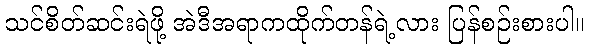
သင်စိတ်ဆင်းရဲဖို့ အဲဒီအရာကထိုက်တန်ရဲ့လား ပြန်စဉ်းစားပါ။